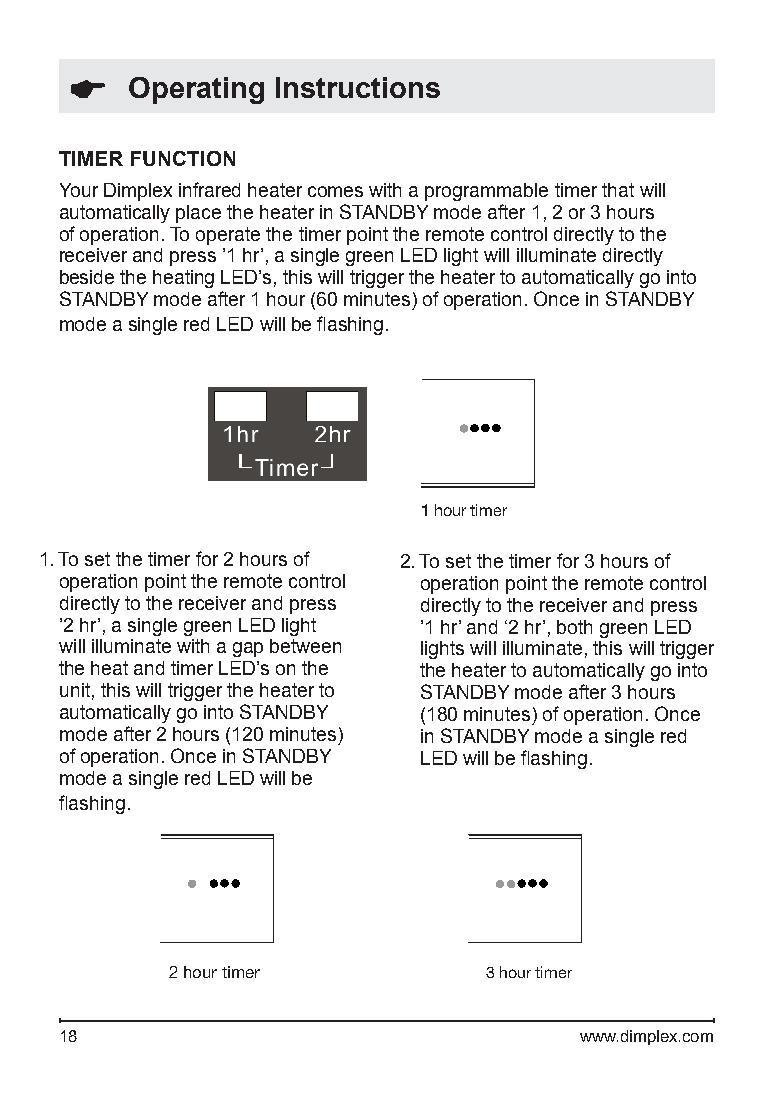
Operating Instructions
 TIMER FUNCTION
 Your Dimplex infrared heater comes with a programmable timer that will
 automatically place the heater in STANDBY mode after 1, 2 or 3 hours
 of operation. To operate the timer point the remote control directly to the
 receiver and press ’1 hr’, a single green LED light will illuminate directly
 beside the heating LED’s, this will trigger the heater to automatically go into
 STANDBY mode after 1 hour (60 minutes) of operation. Once in STANDBY
 mode a single red LED will be fl ashing.
 1 hour timer
 1. To set the timer for 2 hours of 2. To set the timer for 3 hours of
 operation point the remote control operation point the remote control
 directly to the receiver and press directly to the receiver and press
 ’2 hr’, a single green LED light ’1 hr’ and ‘2 hr’, both green LED
 will illuminate with a gap between lights will illuminate, this will trigger
 the heat and timer LED’s on the the heater to automatically go into
 unit, this will trigger the heater to STANDBY mode after 3 hours
 automatically go into STANDBY (180 minutes) of operation. Once
 mode after 2 hours (120 minutes) in STANDBY mode a single red
 of operation. Once in STANDBY LED will be fl ashing.
 mode a single red LED will be
 fl ashing.
 22 hhoouurr ttiimmeerr 3 hour timer
 3 hour timer
 18                                www.dimplex.com